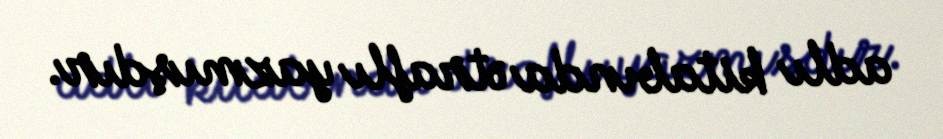
adlı kitabında ətraflı yazmışdır.